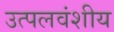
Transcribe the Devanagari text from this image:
उत्पलवंशीय